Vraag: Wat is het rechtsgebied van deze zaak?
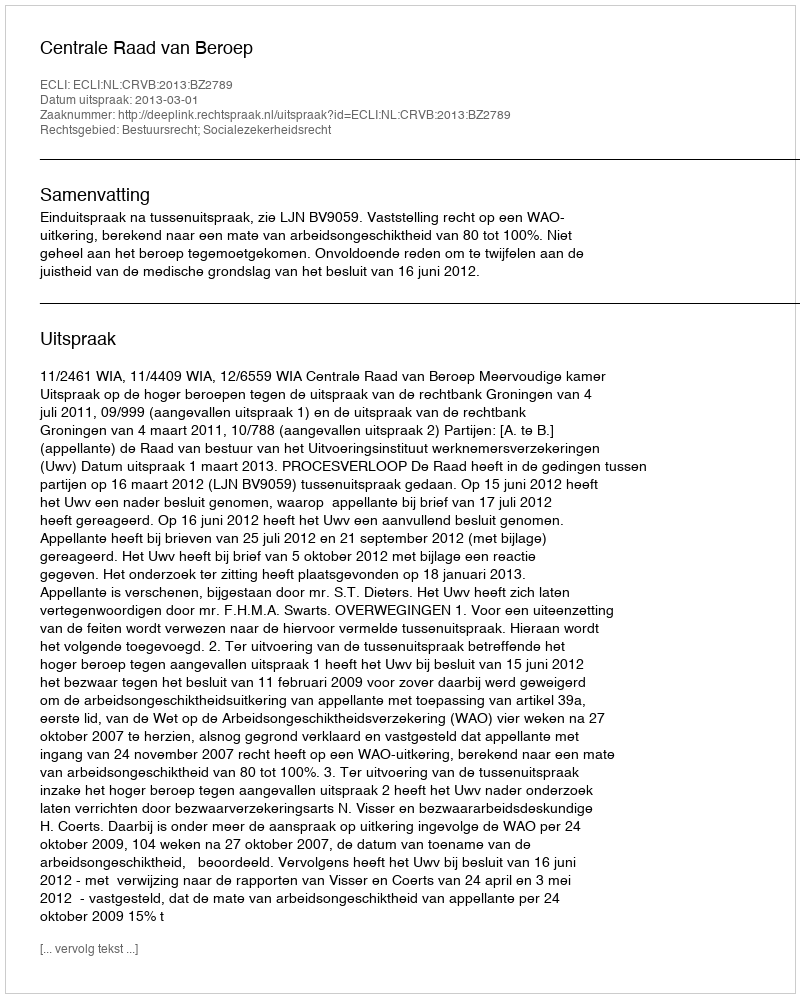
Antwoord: Bestuursrecht; Socialezekerheidsrecht